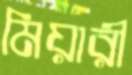
মিয়ারী